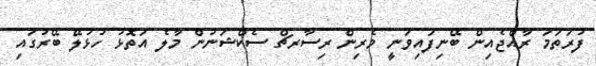
ފުރަތަމަ ރާއްޖެއިން ބޭނިފައިވަނީ މެރިން ރިސާރޗް ސެކްޝަނުން މާލެ އަތޮޅު ހުޅުލޭ ބޭރުގައި